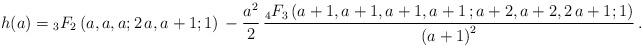
LaTeX: \begin{align*} \displaystyle h(a) ={_3F_2} \left( a,a,a;2\,a,a+1;1 \right) \mbox{}-\frac{{a}^{2}}{2}\,{\frac {{_4F_3} \left( a+1,a+1,a+1,a+1\,;a+2,a+2,2\,a+1;1 \right) }{ \left( a+1 \right) ^{2}}}\,.\end{align*}